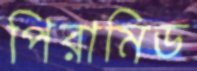
পিরামিড